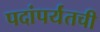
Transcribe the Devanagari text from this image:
पदांपर्यंतची